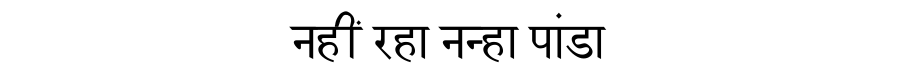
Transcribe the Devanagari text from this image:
नहीं रहा नन्हा पांडा